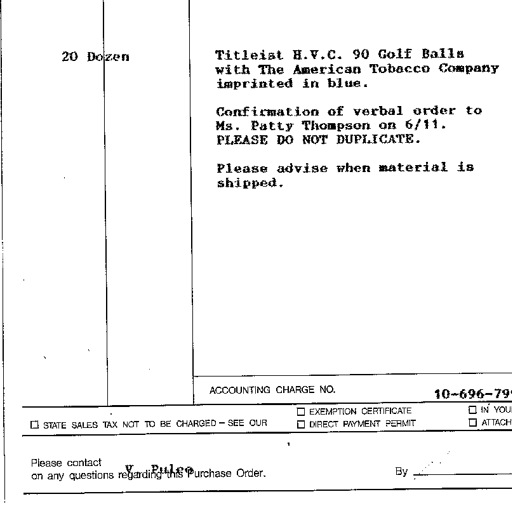
20 Dozen
Titleist H.V.C. 90 Golf Balls
with The American Tobacco Company
imprinted in blue.
Confirmation of verbal order to
Ms. Patty Thompson on 6/11.
PLEASE DO NOT DUPLICATE.
Please advise when material is
shipped.
ACCOUNTING CHARGE NO. 10-696-79
□ STATE SALES TAX NOT TO BE CHARGED - SEE OUR □ EXEMPTION CERTIFICATE □ DIRECT PAYMENT PERMIT □ IN YOU □ ATTACH
Please contact V Rule on any questions regarding this Purchase Order. By ...